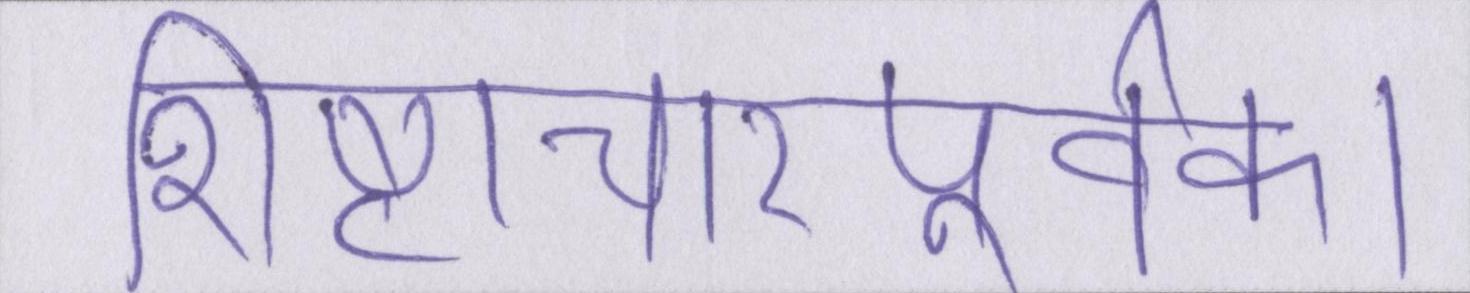
शिष्टाचारपूर्वक।